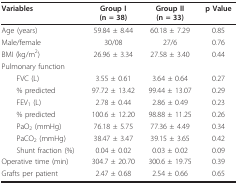
<table><thead><tr><td><b>Variables</b></td><td><b>Group I(n = 38)</b></td><td><b>Group II(n = 33)</b></td><td><b>p Value</b></td></tr></thead><tbody><tr><td>Age (years)</td><td>59.84 ± 8.44</td><td>60.18 ± 7.29</td><td>0.85</td></tr><tr><td>Male/female</td><td>30/08</td><td>27/6</td><td>0.76</td></tr><tr><td>BMI (kg/m<sup>2</sup>)</td><td>26.96 ± 3.34</td><td>27.58 ± 3.40</td><td>0.44</td></tr><tr><td>Pulmonary function</td><td></td><td></td><td></td></tr><tr><td> FVC (L)</td><td>3.55 ± 0.61</td><td>3.64 ± 0.64</td><td>0.27</td></tr><tr><td> % predicted</td><td>97.72 ± 13.42</td><td>99.44 ± 13.07</td><td>0.29</td></tr><tr><td> FEV<sub>1 </sub>(L)</td><td>2.78 ± 0.44</td><td>2.86 ± 0.49</td><td>0.23</td></tr><tr><td> % predicted</td><td>100.6 ± 12.20</td><td>98.88 ± 11.25</td><td>0.26</td></tr><tr><td> PaO<sub>2 </sub>(mmHg)</td><td>76.18 ± 5.75</td><td>77.36 ± 4.49</td><td>0.34</td></tr><tr><td> PaCO<sub>2 </sub>(mmHg)</td><td>38.47 ± 3.47</td><td>39.15 ± 3.65</td><td>0.42</td></tr><tr><td> Shunt fraction (%)</td><td>0.04 ± 0.02</td><td>0.03 ± 0.02</td><td>0.09</td></tr><tr><td>Operative time (min)</td><td>304.7 ± 20.70</td><td>300.6 ± 19.75</td><td>0.39</td></tr><tr><td>Grafts per patient</td><td>2.47 ± 0.68</td><td>2.54 ± 0.66</td><td>0.65</td></tr></tbody></table>